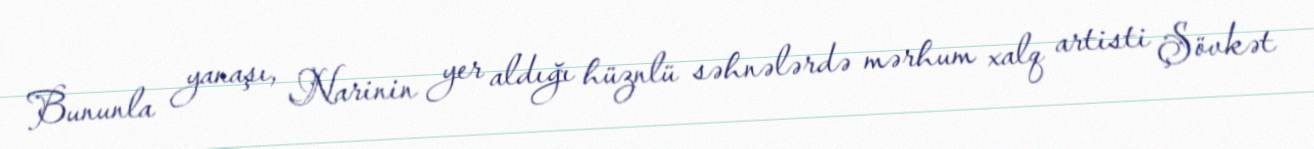
Bununla yanaşı, Narinin yer aldığı hüznlü səhnələrdə mərhum xalq artisti Şövkət